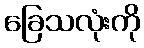
ခြေသလုံးကို